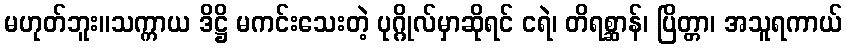
မဟုတ်ဘူး။သက္ကာယ ဒိဋ္ဌိ မကင်းသေးတဲ့ ပုဂ္ဂိုလ်မှာဆိုရင် ငရဲ၊ တိရစ္ဆာန်၊ ပြိတ္တာ၊ အသူရကာယ်